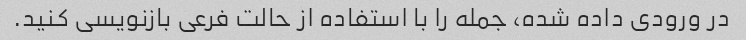
در ورودی داده شده، جمله را با استفاده از حالت فرعی بازنویسی کنید.